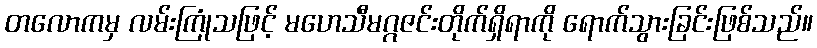
တလောကမှ လမ်းကြုံသဖြင့် မဟေသီမဂ္ဂဇင်းတိုက်ရှိရာကို ရောက်သွားခြင်းဖြစ်သည်။